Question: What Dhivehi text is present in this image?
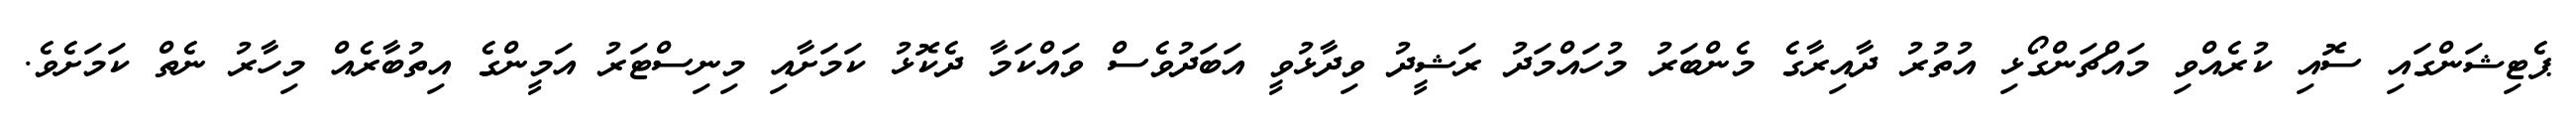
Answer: ޕެޓިޝަންގައި ސޮއި ކުރެއްވި މައްޗަންގޯޅި އުތުރު ދާއިރާގެ މެންބަރު މުހައްމަދު ރަޝީދު ވިދާޅުވީ އަބަދުވެސް ވައްކަމާ ދެކޮޅު ކަމަށާއި މިނިސްޓަރު އަމީންގެ އިތުބާރެއް މިހާރު ނެތް ކަމަށެވެ.